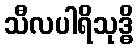
သီလပါရိသုဒ္ဓိ